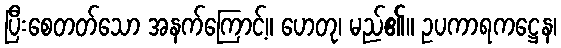
ပြီးစေတတ်သော အနက်ကြောင့်။ ဟေတု၊ မည်၏။ ဥပကာရကဋ္ဌေန၊